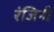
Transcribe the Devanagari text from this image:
रंजिनी